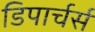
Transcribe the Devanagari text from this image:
डिपार्चर्स